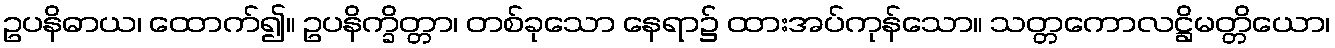
ဥပနိဓာယ၊ ထောက်၍။ ဥပနိက္ခိတ္တာ၊ တစ်ခုသော နေရာ၌ ထားအပ်ကုန်သော။ သတ္တကောလဋ္ဌိမတ္တိယော၊